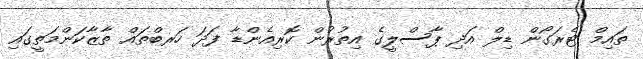
ތައިމް ޓެރަގޯން ޑިލް އަދި ޕާސްލީގެ އިތުރުން ކޮރިއެންޑާ ފަދަ ހަރބްތައް ތާޒާކަންމަތީގައި